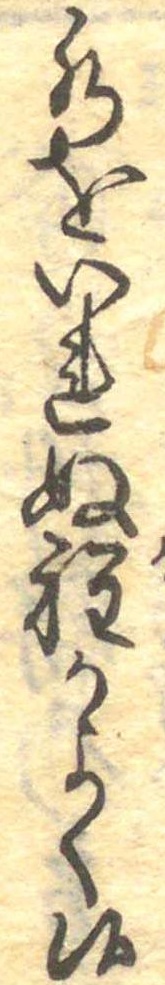
水をいれぬ程かよく候